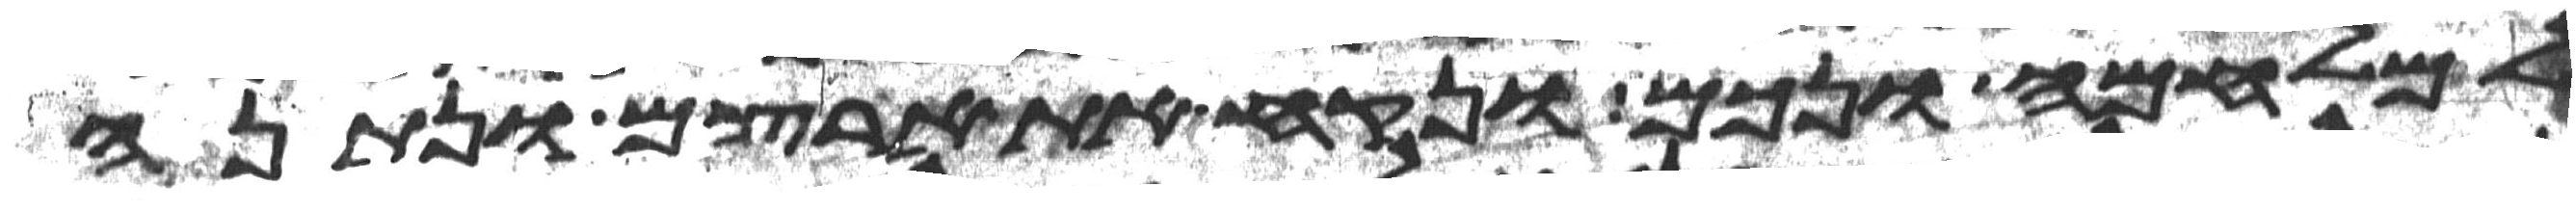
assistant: למלחמה ונכם ונקח את ארצם ונתנה